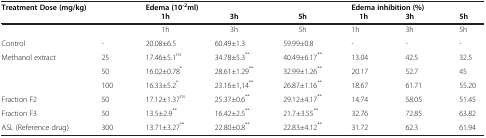
| <COLSPAN=2> Treatment Dose (mg/kg) | <COLSPAN=3> Edema (10-2ml) | <COLSPAN=3> Edema inhibition (%) |
 | <COLSPAN=2>  | 1h | 3h | 5h | 1h | 3h | 5h |
 | --- | --- | --- | --- | --- | --- | --- | --- |
 | <COLSPAN=2>  | 1h | 3h | 5h | 1h | 3h | 5h |
 | Control | - | 20.08±6.5 | 60.49±1.3 | 59.99±0.8 | - | - | - |
 | Methanol extract | 25 | 17.46±5.1ns | 34.78±5.3** | 40.49±6.17** | 13.04 | 42.5 | 32.5 |
 |  | 50 | 16.02±0.78* | 28.61±1.29** | 32.99±1.26** | 20.17 | 52.7 | 45 |
 |  | 100 | 16.33±5.2* | 23.16±1,14** | 26.87±1.16** | 18.67 | 61.71 | 55.20 |
 | Fraction F2 | 50 | 17.12±1.37ns | 25.37±0.6** | 29.12±4.17** | 14.74 | 58.05 | 51.45 |
 | Fraction F3 | 50 | 13.5±2.9** | 16.42±2.5** | 21.7±3.55** | 32.76 | 72.85 | 63.82 |
 | ASL (Reference drug) | 300 | 13.71±3.27** | 22.80±0.8** | 22.83±4.12** | 31.72 | 62.3 | 61.94 |